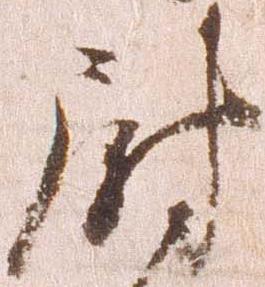
尉